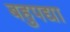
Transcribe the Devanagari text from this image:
बहुपद्या